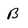
Character: B